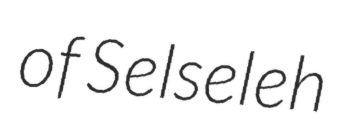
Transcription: of Selseleh